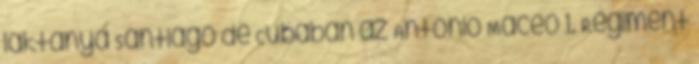
laktanya Santiago de Cubában az Antonio Maceo 1. Regiment